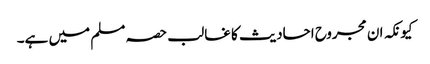
کیونکہ ان مجروح احادیث کا غالب حصہ مسلم میں ہے۔